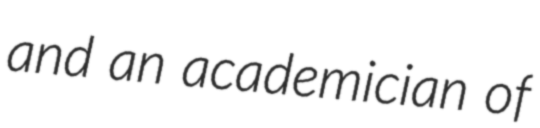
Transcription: and an academician of